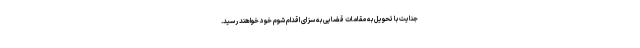
جنایت با تحویل به مقامات قضایی به سزای اقدام شوم خود خواهند رسید.